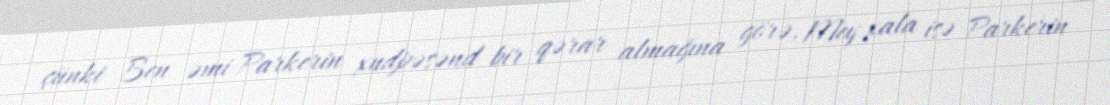
çünki Ben əmi Parkerin xudpəsənd bir qərar almağına görə, Mey xala isə Parkerin